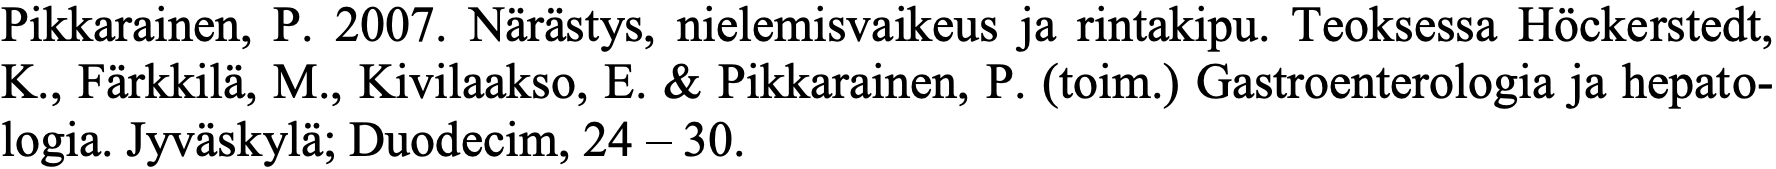
Pikkarainen, P. 2007. Närästys, nielemisvaikeus ja rintakipu. Teoksessa Höckerstedt, K., Färkkilä, M., Kivilaakso, E. & Pikkarainen, P. (toim.) Gastroenterologia ja hepato- logia. Jyväskylä; Duodecim, 24 – 30.